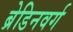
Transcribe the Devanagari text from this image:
ब्रेडिनवर्ग